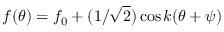
f ( \theta ) = f _ { 0 } + ( 1 / \sqrt { 2 } ) \cos k ( \theta + \psi )